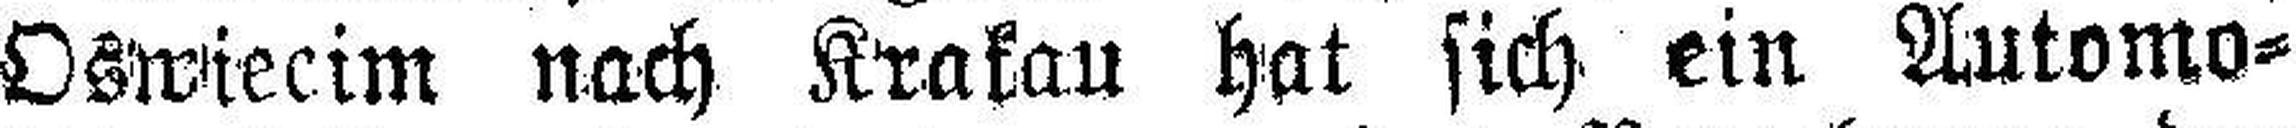
Oswiecim nach Krakau hat sich ein Automo¬